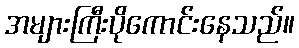
အများကြီးပိုကောင်းနေသည်။